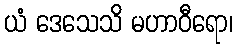
ယံ ဒေသေသိ မဟာဝီရော၊